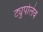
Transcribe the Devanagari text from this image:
ट्युपोलेव